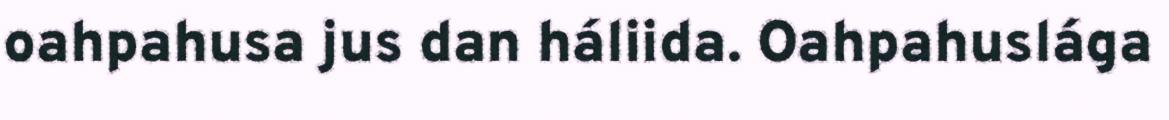
oahpahusa jus dan háliida. Oahpahuslága